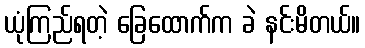
ယုံကြည်ရတဲ့ ခြေထောက်က ခဲ နင်းမိတယ်။